Leaving Certificate Examination, 1910
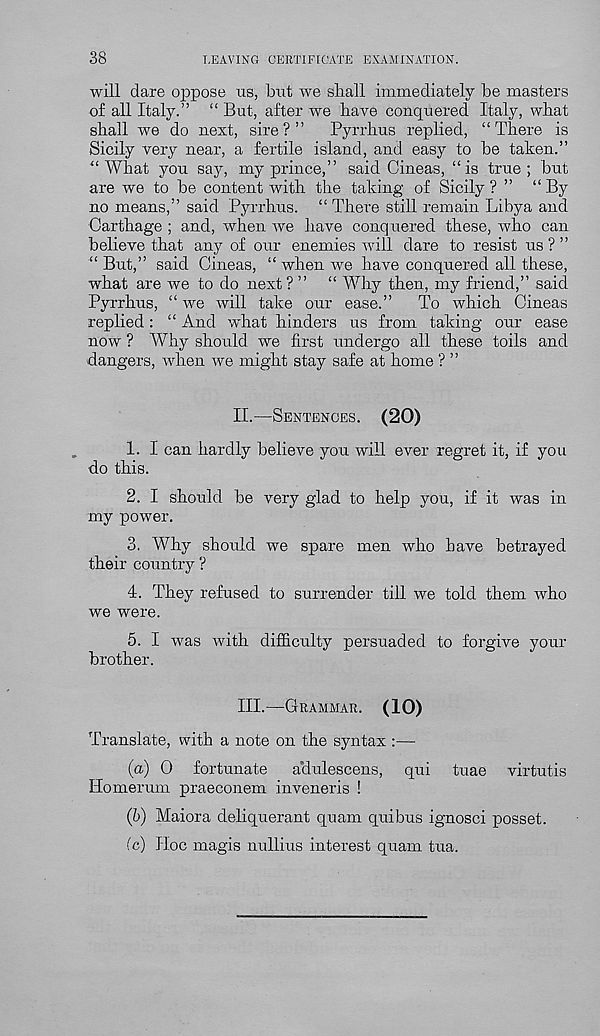
38
LEAVING CERTIFICATE EXAMINATION.
will dare oppose us, but we shall immediately be masters
of all Italy.” “ But, after we have conquered Italy, what
shall we do next, sire?”
Pyrrhus replied, “There is
Sicily very near, a fertile island, and easy to be taken.”
“What you say, my prince,” said Oineas, “is true; but
are we to be content with the taking of Sicily ? ” “By
no means,” said Pyrrhus. “ There still remain Libya and
Carthage ; and, when we have conquered these, who can
believe that any of our enemies will dare to resist us ? ”
“ But,” said Cineas, “ when we have conquered all these,
what are we to do next ? ” “ Why then, my friend,” said
Pyrrhus, “ we will take our ease.”
To which Cineas
replied: “ And what hinders us from taking our ease
now ? Why should we first undergo all these toils and
dangers, when we might stay safe at home ? ”
II.—Sentences. (20)
1. I can hardly believe you will ever regret it, if you
do this.
2. I should be very glad to help you, if it was in
my power.
3. Why should we spare men who have betrayed
their country ?
4. They refused to surrender till we told them who
we were.
5. I was with difficulty persuaded to forgive your
brother.
III.—Grammar. (10)
Translate, with a note on the syntax :—
(a) 0 fortunate
aclulescens, qui tuae virtutis
liomerum praeconem inveneris !
(b) Maiora deliquerant quam quibus ignosci posset.
(c) Hoc magis nullius interest quam tua.